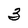
Character: 3